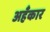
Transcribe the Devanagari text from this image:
अहँकार